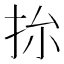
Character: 㧠